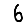
Digit: 6